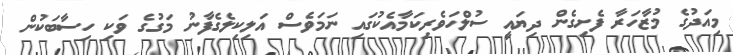
މިއަދުގެ މުޒާހަރާ ފެށިގެން ދިޔައީ ސުލްހަވެރިކަމާއެކުގައި ނަމަވެސް އަލިކިލެގެފާނު މަގުގެ ވަކި ހިސާބަކުން